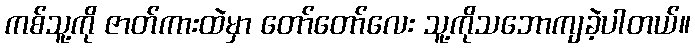
ကစ်သူ့ကို ဇာတ်ကားထဲမှာ တော်တော်လေး သူ့ကိုသဘောကျခဲ့ပါတယ်။